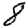
Digit: 8